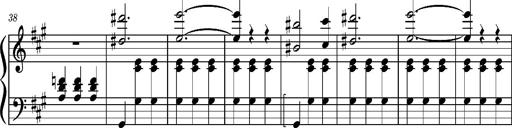
Title: Petite Valse (Fragment)
Composer: Franz Liszt
Key: A major then B-flat major